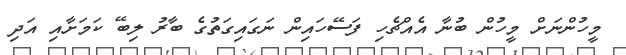
މީހުންނަށް މީހުން ބުނާ އެއްޗެހި ފަސޭހައިން ނަގައިގަތުގެ ބާރު ލިބޭ ކަމަށާއި އަދި